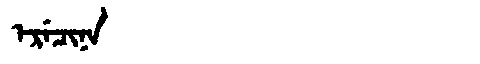
Manchu: ᡝᡵᡝᠴᡳᠨᠠ
Romanization: ERECINA